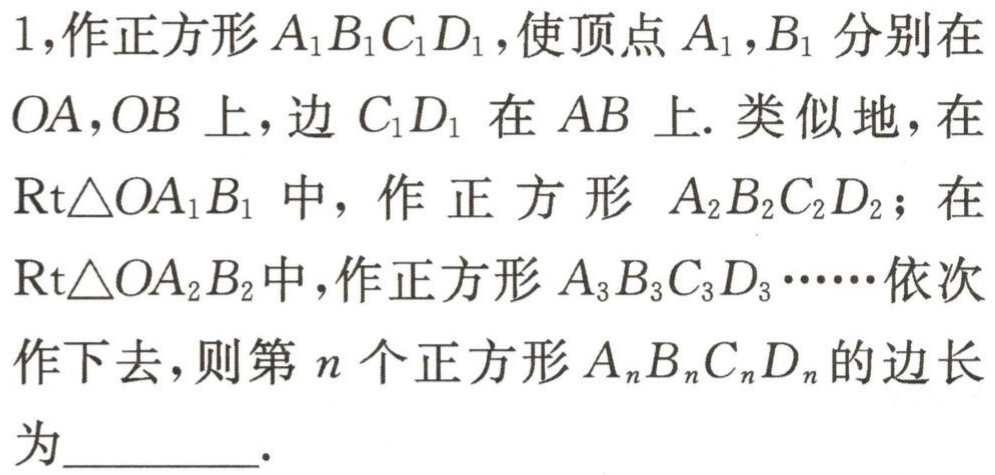
1,作正方形\(A_{1}B_{1}C_{1}D_{1}\),使顶点\(A_{1},B_{1}\)分别在\(OA,OB\)上,边\(C_{1}D_{1}\)在\(AB\)上. 类似地,在\(Rt\triangle OA_{1}B_{1}\)中, 作 正 方 形 \(A_{2}B_{2}C_{2}D_{2}\); 在\(Rt\triangle OA_{2}B_{2}\)中,作正方形\(A_{3}B_{3}C_{3}D_{3}\cdots\cdots\)依次作下去,则第\(n\)个正方形\(A_{n}B_{n}C_{n}D_{n}\)的边长为_________.